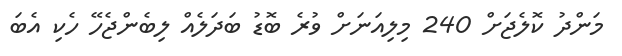
މަންދު ކޮލެޖަށް 240 މިލިއަނަށް ވުރެ ބޮޑު ބަދަލެއް ލިބެންޖެހޭ ހެކި އެބަ